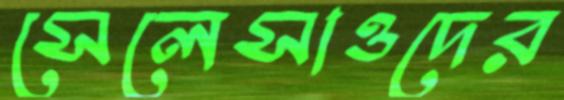
সেলেসাওদের